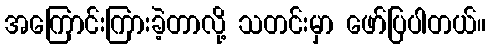
အကြောင်းကြားခဲ့တာလို့ သတင်းမှာ ဖော်ပြပါတယ်။